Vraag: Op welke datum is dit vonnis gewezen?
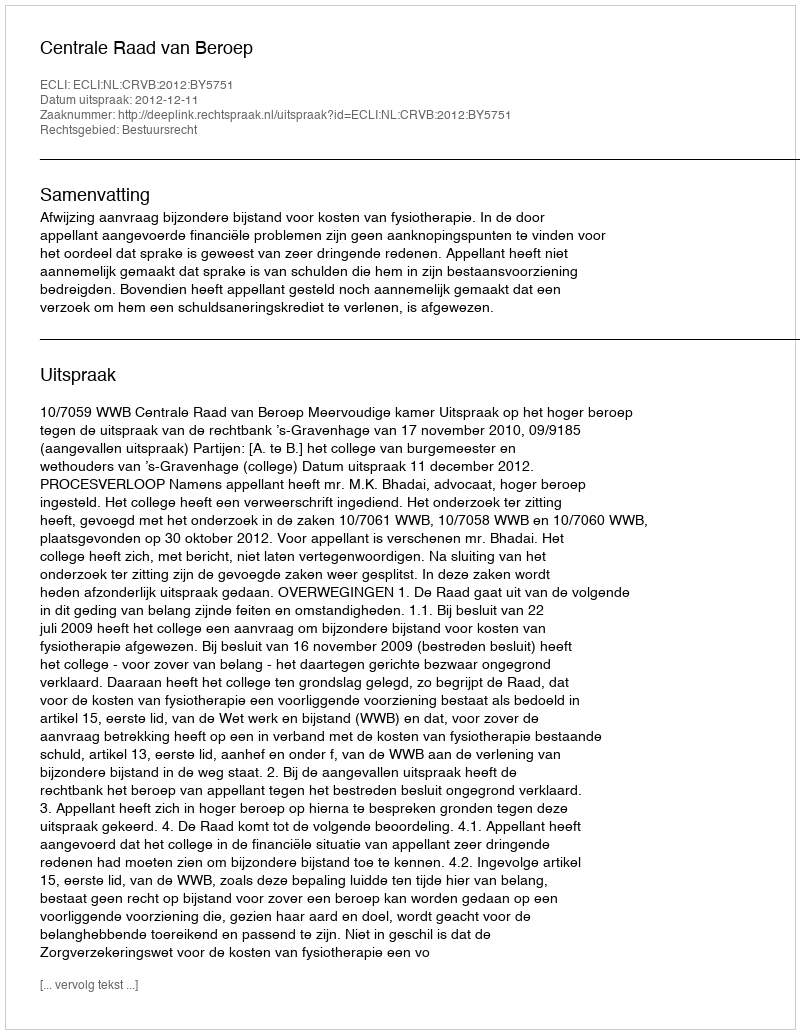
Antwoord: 2012-12-11